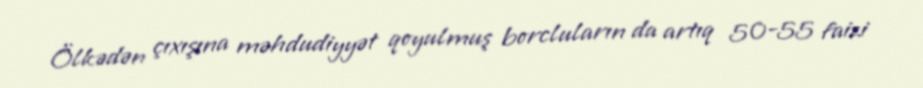
Ölkədən çıxışına məhdudiyyət qoyulmuş borcluların da artıq 50-55 faizi